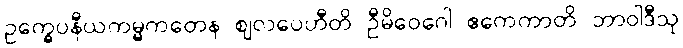
ဥက္ခေပနီယကမ္မကတေန ဈလပေဟီတိ ဦမိဝေဂေါ ဧကေကာတိ ဘာဝါဒီသု